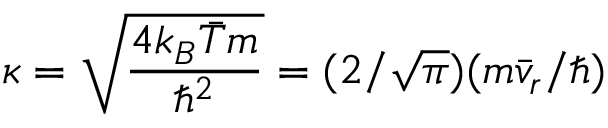
\kappa = \sqrt { \frac { 4 k _ { B } \bar { T } m } { \hbar ^ { 2 } } } = ( 2 / \sqrt { \pi } ) ( m \bar { v } _ { r } / \hbar )